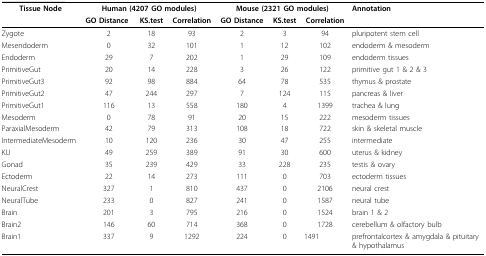
<table><thead><tr><td rowspan="2"><b>Tissue Node</b></td><td colspan="3"><b>Human (4207 GO modules)</b></td><td colspan="3"><b>Mouse (2321 GO modules)</b></td><td rowspan="2"><b>Annotation</b></td></tr><tr><td><b>GO Distance</b></td><td><b>KS.test</b></td><td><b>Correlation</b></td><td><b>GO Distance</b></td><td><b>KS.test</b></td><td><b>Correlation</b></td></tr></thead><tbody><tr><td>Zygote</td><td>2</td><td>18</td><td>93</td><td>2</td><td>3</td><td>94</td><td>pluripotent stem cell</td></tr><tr><td>Mesendoderm</td><td>0</td><td>32</td><td>101</td><td>1</td><td>12</td><td>102</td><td>endoderm &amp; mesoderm</td></tr><tr><td>Endoderm</td><td>29</td><td>7</td><td>202</td><td>1</td><td>29</td><td>109</td><td>endoderm tissues</td></tr><tr><td>PrimitiveGut</td><td>20</td><td>14</td><td>228</td><td>3</td><td>26</td><td>122</td><td>primitive gut 1 &amp; 2 &amp; 3</td></tr><tr><td>PrimitiveGut3</td><td>92</td><td>98</td><td>884</td><td>64</td><td>78</td><td>535</td><td>thymus &amp; prostate</td></tr><tr><td>PrimitiveGut2</td><td>47</td><td>244</td><td>297</td><td>7</td><td>124</td><td>115</td><td>pancreas &amp; liver</td></tr><tr><td>PrimitiveGut1</td><td>116</td><td>13</td><td>558</td><td>180</td><td>4</td><td>1399</td><td>trachea &amp; lung</td></tr><tr><td>Mesoderm</td><td>0</td><td>78</td><td>91</td><td>20</td><td>15</td><td>222</td><td>mesoderm tissues</td></tr><tr><td>ParaxialMesoderm</td><td>42</td><td>79</td><td>313</td><td>108</td><td>18</td><td>722</td><td>skin &amp; skeletal muscle</td></tr><tr><td>IntermediateMesoderm</td><td>10</td><td>120</td><td>236</td><td>30</td><td>47</td><td>255</td><td>intermediate</td></tr><tr><td>KU</td><td>49</td><td>259</td><td>389</td><td>91</td><td>30</td><td>600</td><td>uterus &amp; kidney</td></tr><tr><td>Gonad</td><td>35</td><td>239</td><td>429</td><td>33</td><td>228</td><td>235</td><td>testis &amp; ovary</td></tr><tr><td>Ectoderm</td><td>22</td><td>14</td><td>273</td><td>111</td><td>0</td><td>703</td><td>ectoderm tissues</td></tr><tr><td>NeuralCrest</td><td>327</td><td>1</td><td>810</td><td>437</td><td>0</td><td>2106</td><td>neural crest</td></tr><tr><td>NeuralTube</td><td>233</td><td>0</td><td>827</td><td>241</td><td>0</td><td>1587</td><td>neural tube</td></tr><tr><td>Brain</td><td>201</td><td>3</td><td>795</td><td>216</td><td>0</td><td>1524</td><td>brain 1 &amp; 2</td></tr><tr><td>Brain2</td><td>146</td><td>60</td><td>714</td><td>368</td><td>0</td><td>1728</td><td>cerebellum &amp; olfactory bulb</td></tr><tr><td>Brain1</td><td>337</td><td>9</td><td>1292</td><td>224</td><td>0</td><td>1491</td><td>prefrontalcortex &amp; amygdala &amp; pituitary &amp; hypothalamus</td></tr></tbody></table>